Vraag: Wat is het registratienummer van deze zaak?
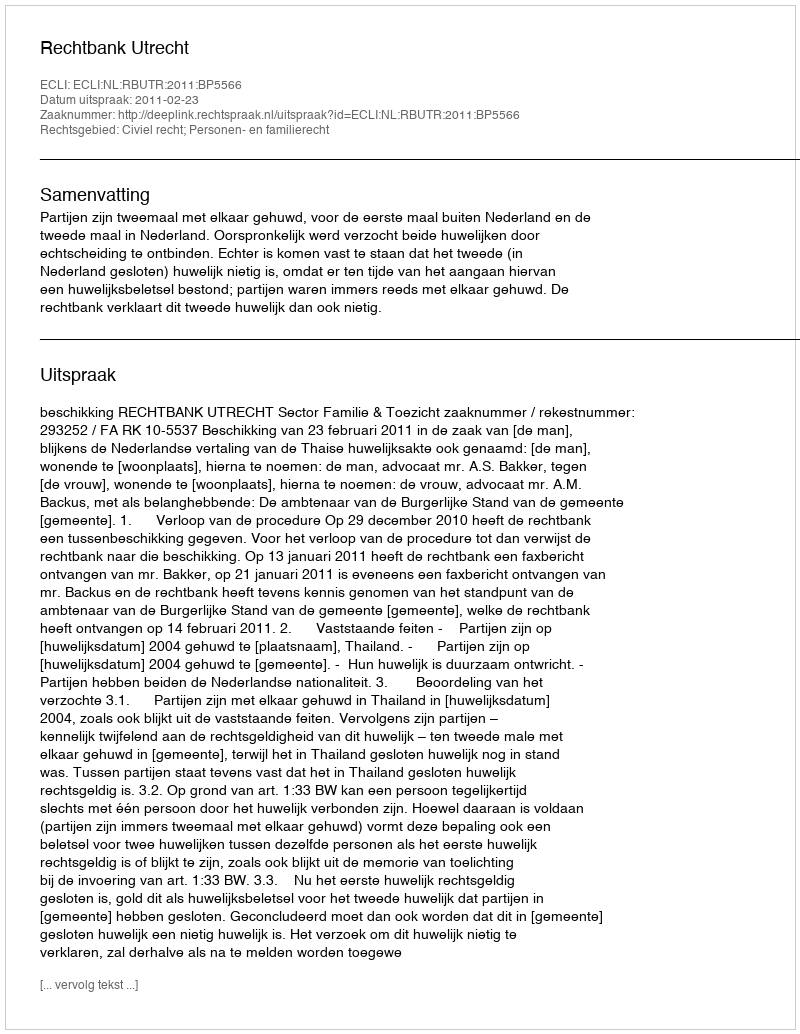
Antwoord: http://deeplink.rechtspraak.nl/uitspraak?id=ECLI:NL:RBUTR:2011:BP5566